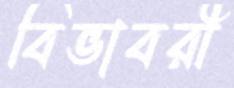
বিভাবরী